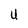
Character: U